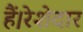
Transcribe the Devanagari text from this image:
हैं।रेशेदार